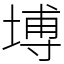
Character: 㙛